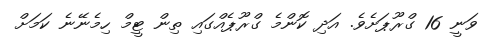
ވަނީ 16 ގްރޫޕަށެވެ. އަދި ކޮންމެ ގްރޫޕެއްގައި ތިން ޓީމް ހިމެނޭނެ ކަމަށް